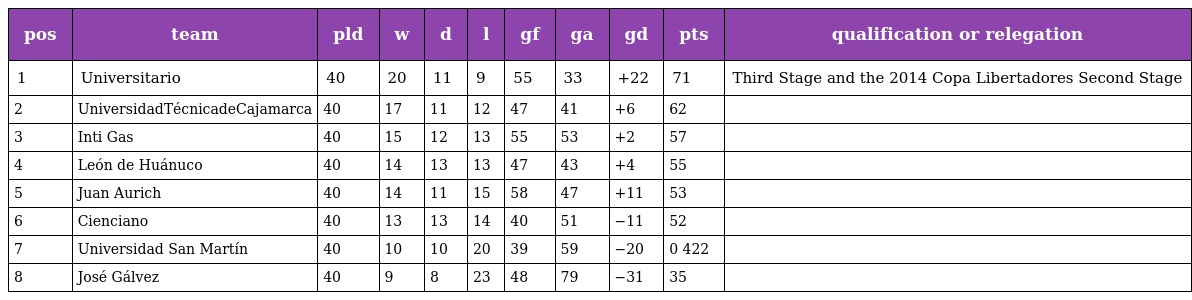
| pos | team | pld | w | d | l | gf | ga | gd | pts | qualification or relegation |
 | --- | --- | --- | --- | --- | --- | --- | --- | --- | --- | --- |
 | 1 | Universitario | 40 | 20 | 11 | 9 | 55 | 33 | +22 | 71 | Third Stage and the 2014 Copa Libertadores Second Stage |
 | 2 | UniversidadTécnicadeCajamarca | 40 | 17 | 11 | 12 | 47 | 41 | +6 | 62 |  |
 | 3 | Inti Gas | 40 | 15 | 12 | 13 | 55 | 53 | +2 | 57 |  |
 | 4 | León de Huánuco | 40 | 14 | 13 | 13 | 47 | 43 | +4 | 55 |  |
 | 5 | Juan Aurich | 40 | 14 | 11 | 15 | 58 | 47 | +11 | 53 |  |
 | 6 | Cienciano | 40 | 13 | 13 | 14 | 40 | 51 | −11 | 52 |  |
 | 7 | Universidad San Martín | 40 | 10 | 10 | 20 | 39 | 59 | −20 | 0 422 |  |
 | 8 | José Gálvez | 40 | 9 | 8 | 23 | 48 | 79 | −31 | 35 |  |